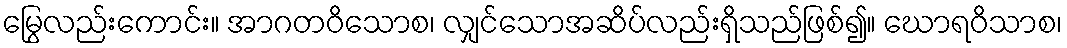
မြွေလည်းကောင်း။ အာဂတဝိသောစ၊ လျှင်သောအဆိပ်လည်းရှိသည်ဖြစ်၍။ ဃောရဝိသာစ၊